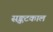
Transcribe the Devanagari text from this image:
सङ्कटकाल